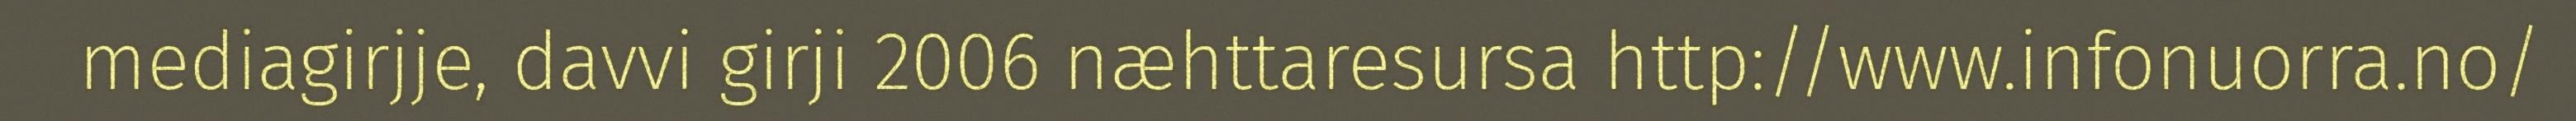
mediagirjje, davvi girji 2006 næhttaresursa http://www.infonuorra.no/